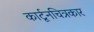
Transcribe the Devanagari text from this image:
कार्टूनचित्रकार